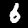
Label: 6